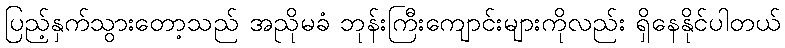
ပြည့်နှက်သွားတော့သည် အညိုမခံ ဘုန်းကြီးကျောင်းများကိုလည်း ရှိနေနိုင်ပါတယ်